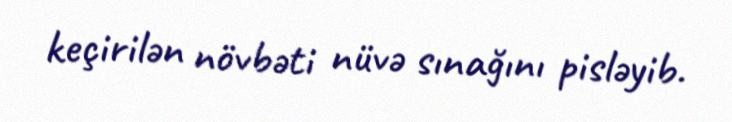
keçirilən növbəti nüvə sınağını pisləyib.